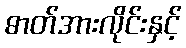
ဓာတ်အားလိုင်းနှင့်